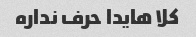
کلا هایدا حرف نداره